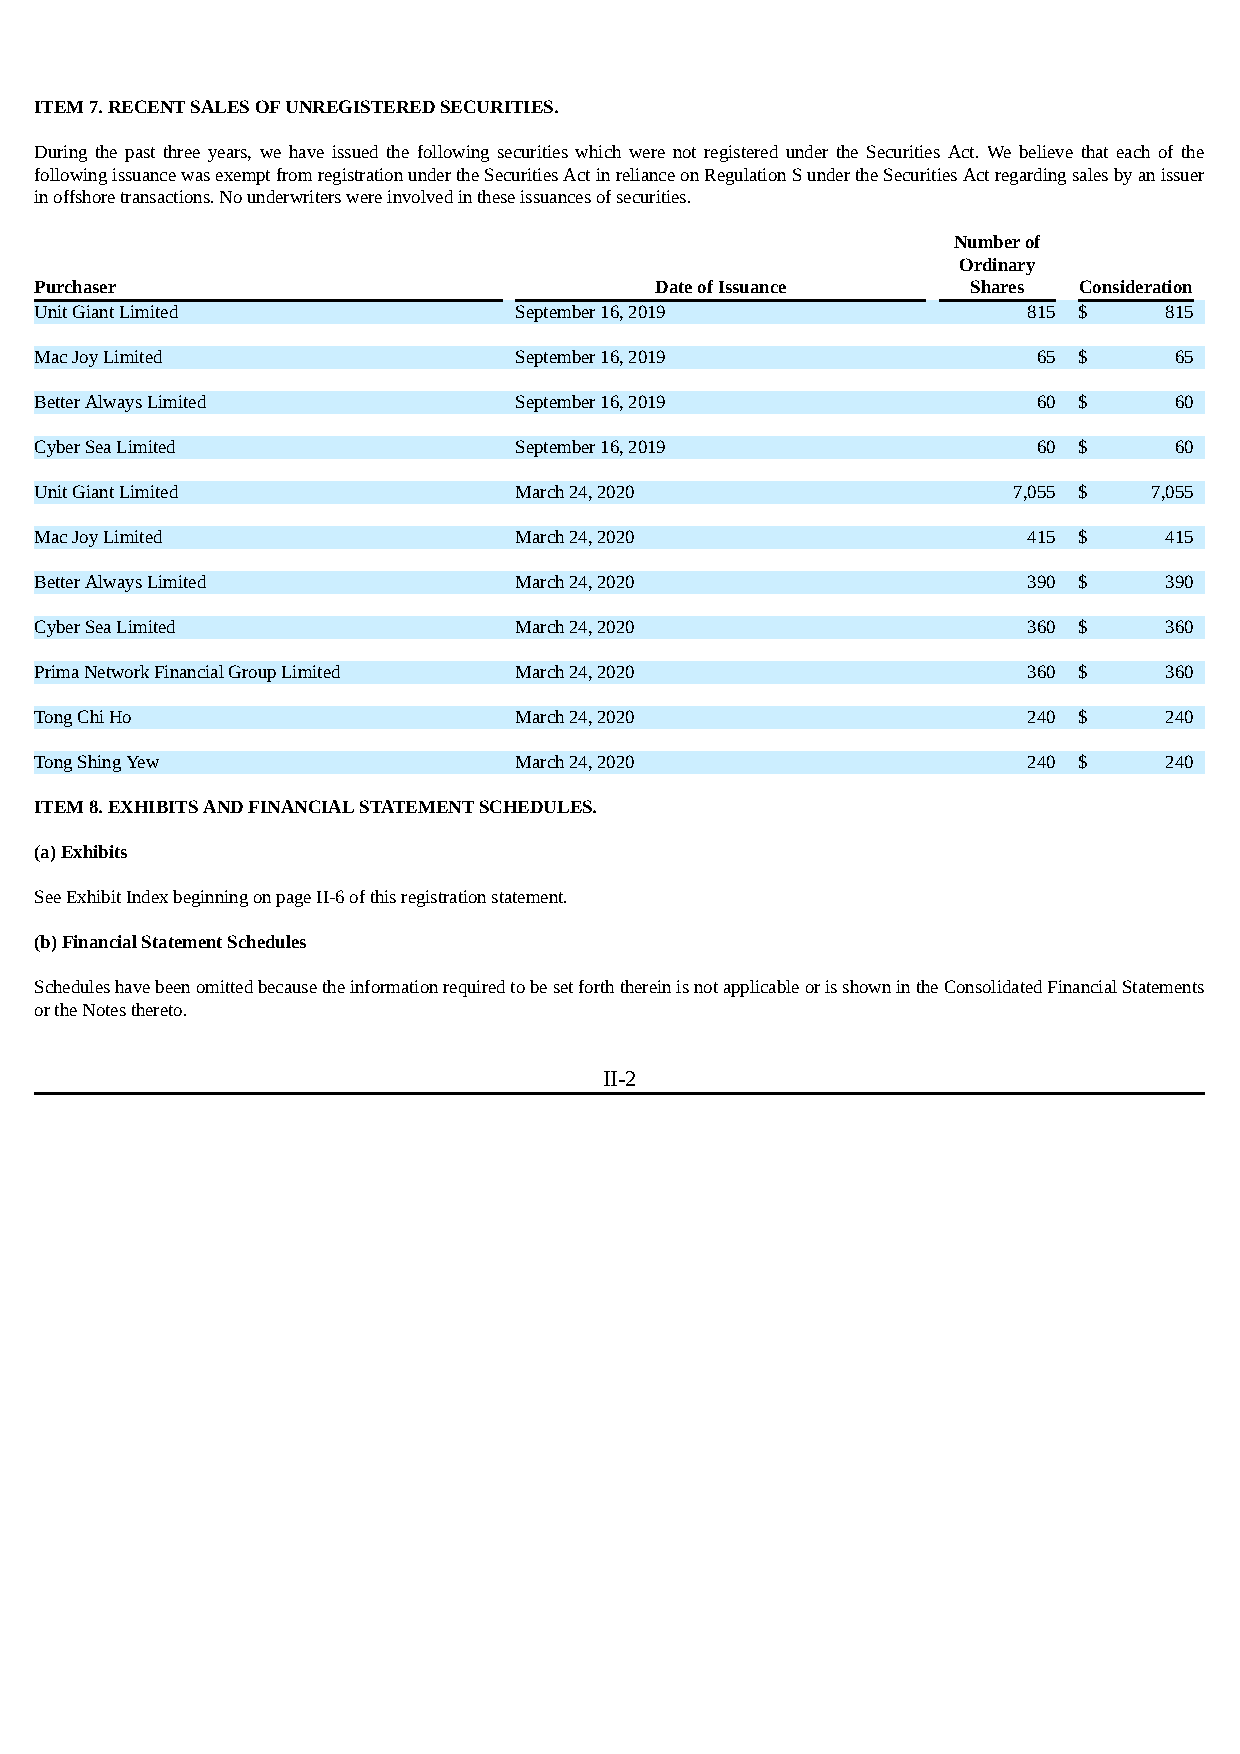
ITEM 7. RECENT SALES OF UNREGISTERED SECURITIES.
 During the past three years, we have issued the following securities which were not registered under the Securities Act. We believe that each of the
 following issuance was exempt from registration under the Securities Act in reliance on Regulation S under the Securities Act regarding sales by an issuer
 in offshore transactions. No underwriters were involved in these issuances of securities.
 Number of
 Ordinary
 Purchaser                                Date of Issuance     Shares Consideration
 Unit Giant Limited              September 16, 2019                815 $    815
 Mac Joy Limited                 September 16, 2019                 65 $     65
 Better Always Limited           September 16, 2019                 60 $     60
 Cyber Sea Limited               September 16, 2019                 60 $     60
 Unit Giant Limited              March 24, 2020                   7,055 $  7,055
 Mac Joy Limited                 March 24, 2020                    415 $    415
 Better Always Limited           March 24, 2020                    390 $    390
 Cyber Sea Limited               March 24, 2020                    360 $    360
 Prima Network Financial Group Limited March 24, 2020              360 $    360
 Tong Chi Ho                     March 24, 2020                    240 $    240
 Tong Shing Yew                  March 24, 2020                    240 $    240
 ITEM 8. EXHIBITS AND FINANCIAL STATEMENT SCHEDULES.
 (a) Exhibits
 See Exhibit Index beginning on page II-6 of this registration statement.
 (b) Financial Statement Schedules
 Schedules have been omitted because the information required to be set forth therein is not applicable or is shown in the Consolidated Financial Statements
 or the Notes thereto.
 II-2